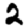
Digit: 2